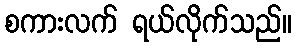
စကားလက် ရယ်လိုက်သည်။